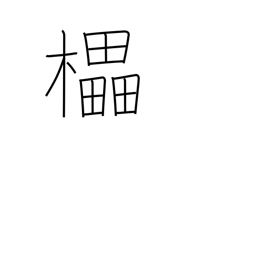
Meaning: decorated wine cask